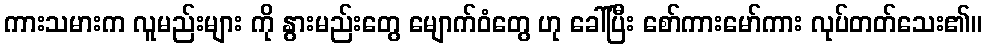
ကားသမားက လူမည်းများ ကို နွားမည်းတွေ မျောက်ဝံတွေ ဟု ခေါ်ပြီး စော်ကားမော်ကား လုပ်တတ်သေး၏။